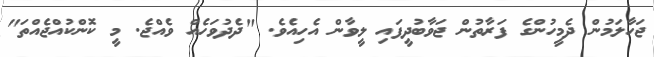
ޖަހާލަމުން ދެމީހުންގެ ފަރާތުން ޖަވާބުދީފައި ލީވާން އެހިއެވެ. "ދެދުވަހެއް ވެއްޖެ. މީ ކޮންކުއްޖެއްތަ"